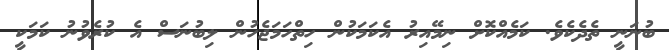
ބުނަނީ ތެދެކެވެ. ކަމެއްކޮށް ނިމޭއިރު އެކަމަކުން ހިތްހަމަޖެހުން ލިބުނަސް އެ ކުރެވުނު ކަމަކީ